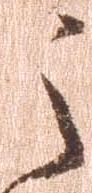
之